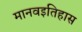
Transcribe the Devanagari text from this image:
मानवइतिहास